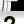
Digit: 2